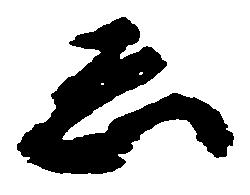
ゑ